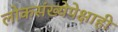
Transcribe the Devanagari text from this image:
लोकसंख्येपेक्षाही